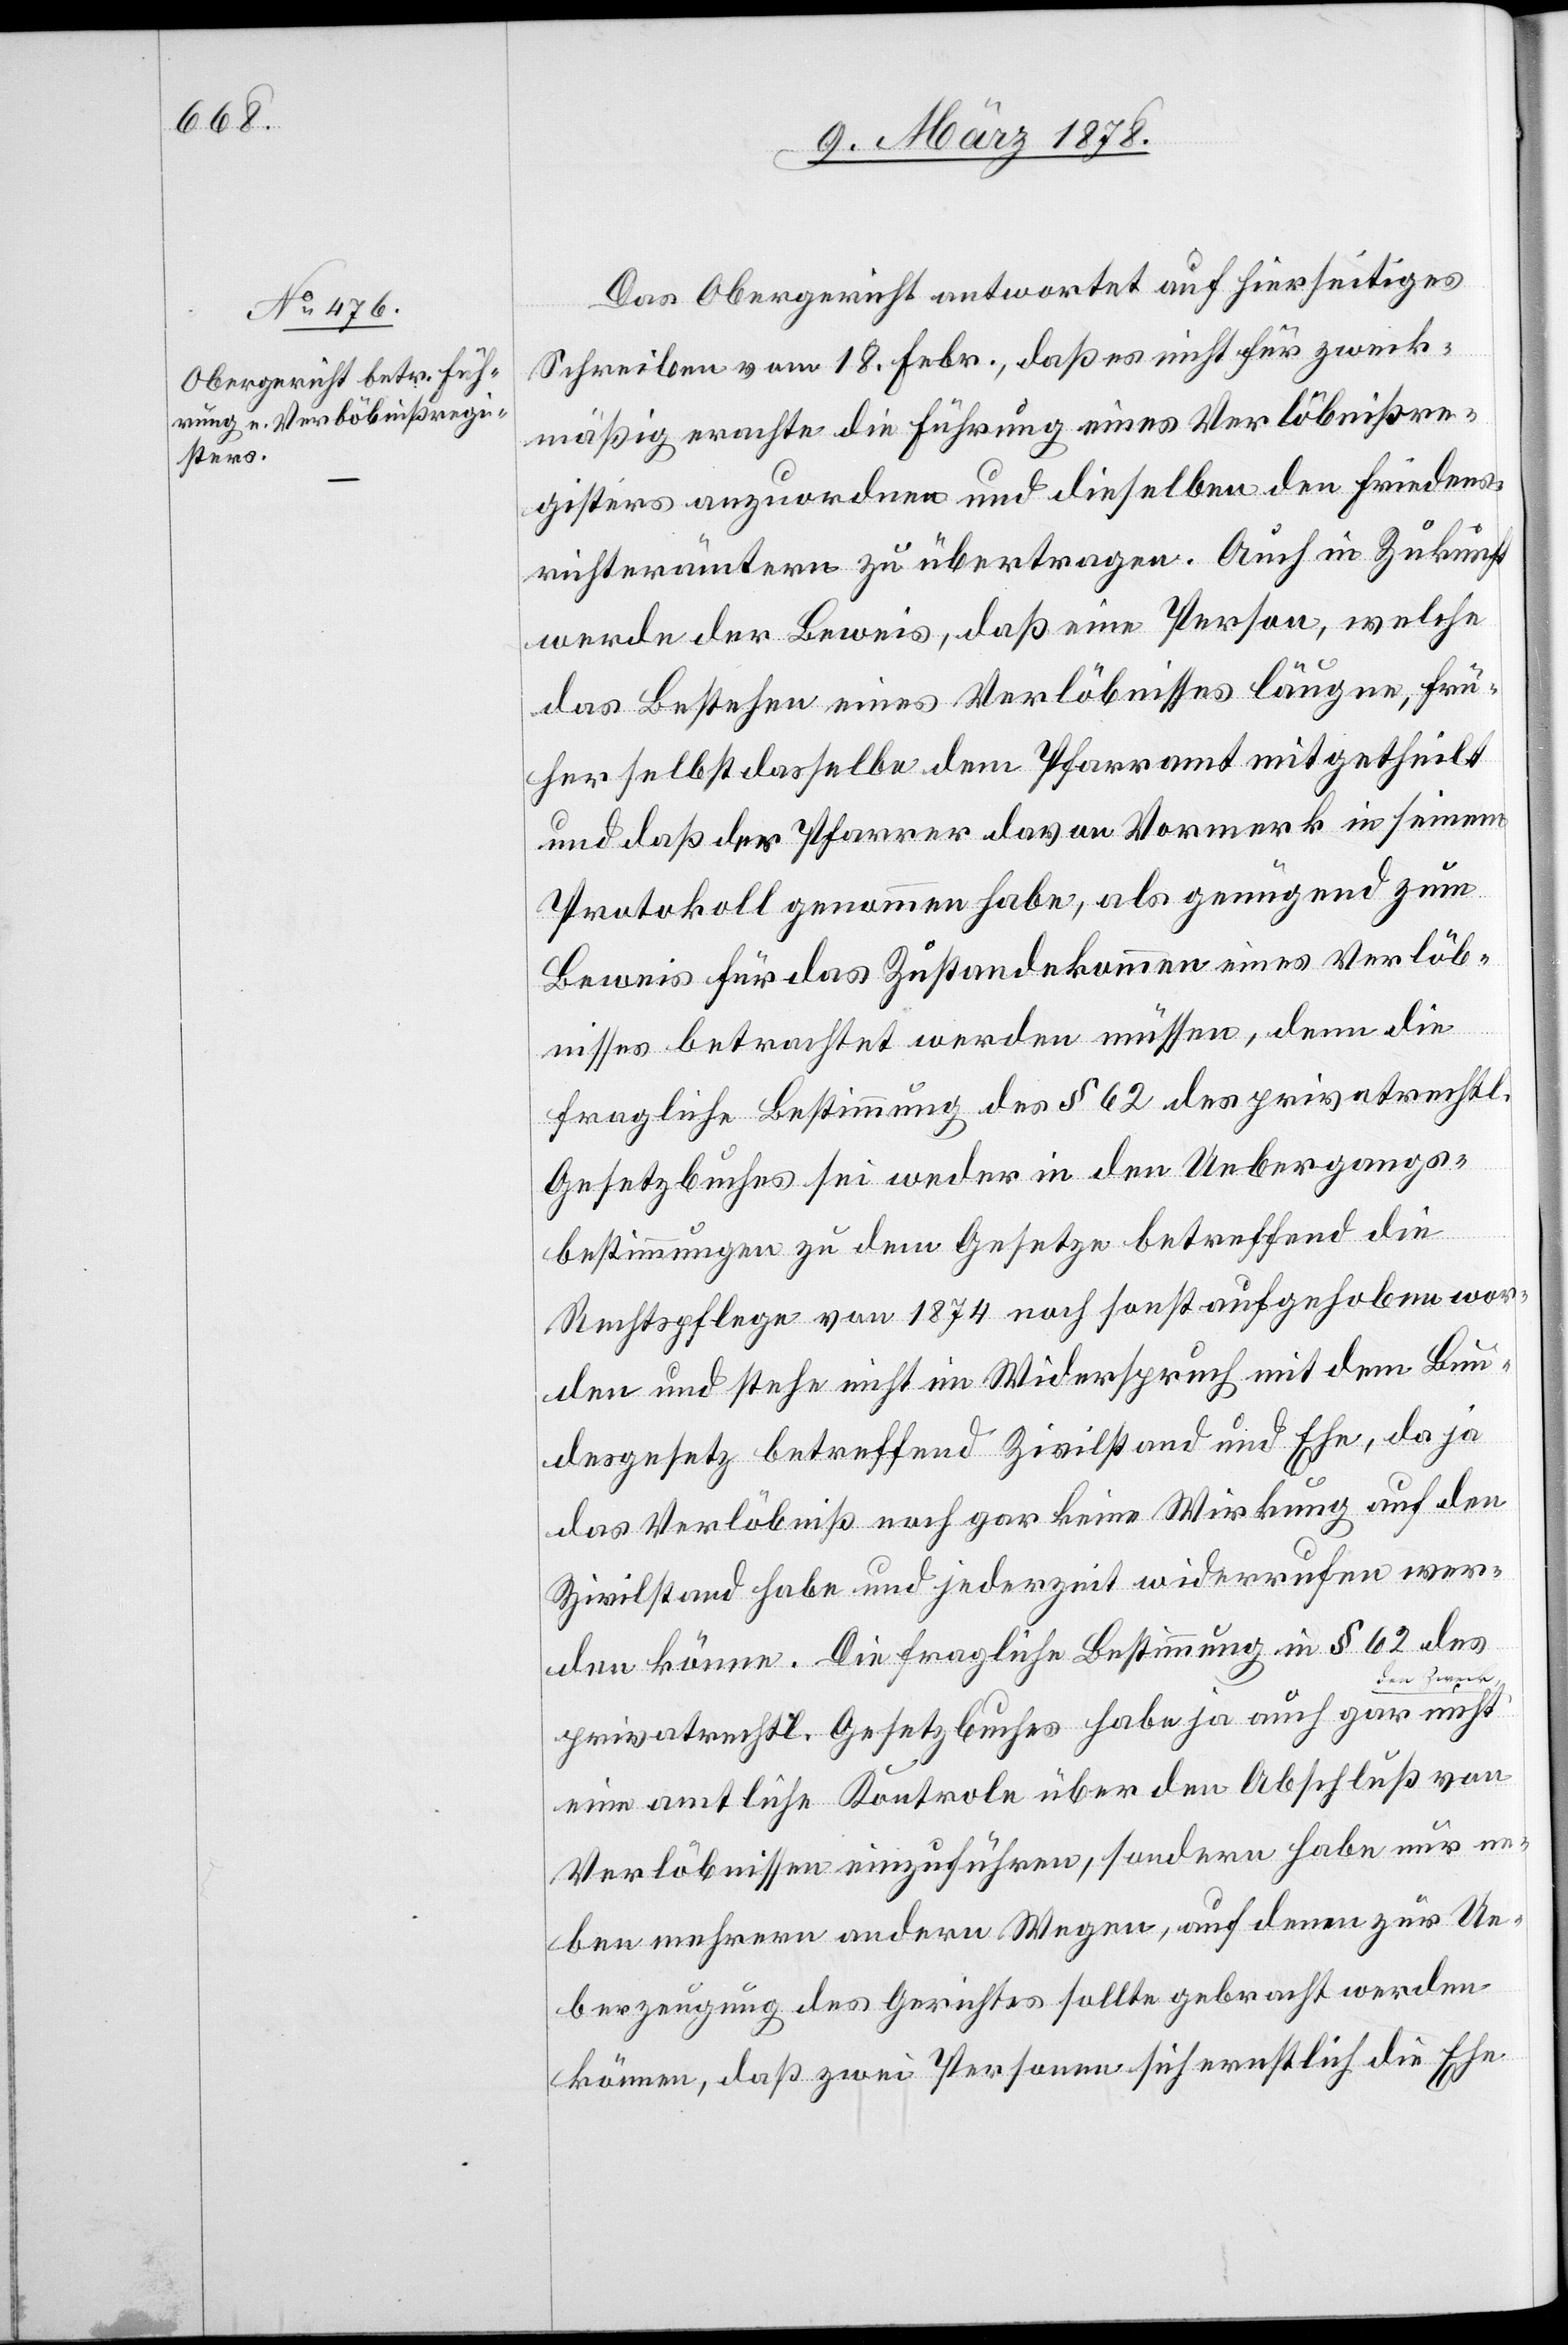
Das Obergericht antwortet auf hierseitiges
Schreiben vom 18. Febr., das es nicht für zweck¬
mäßig erachte die Führung eines Verlöbnißre¬
gisters anzuordnen und dieselben den Friedens¬
richterämtern zu übertragen. Auch in Zukunft
werde der Beweis, daß eine Person, welche
das Bestehen eines Verlöbnisses läugne, frü¬
her selbst dasselbe dem Pfarramt mitgetheilt
und daß der Pfarrer davon Vormerk in seinem
Protokoll genommen habe, als genügend zum
Beweis für das Zustandekommen eines Verlöb¬
nisses betrachtet werden müssen, denn die
fragliche Bestimmung des § 62 des privatrechtl.
Gesetzbuches sei weder in den Uebergangs¬
bestimmungen zu dem Gesetze betreffend die
Rechtspflege von 1874 noch sonst aufgehoben wor¬
den und stehe nicht im Widerspruch mit dem Bun¬
desgesetz betreffend Zivilstand und Ehe, da ja
das Verlöbniß noch gar keine Wirkung auf den
Zivilstand habe und jederzeit widerrufen wer¬
den könne. Die fragliche Bestimmung in § 62 des
den Zweck,
privatrechtl. Gesetzbuches habe ja auch gar nicht
eine amtliche Kontrole über den Abschluß von
Verlöbnissen einzuführen, sondern habe nur ne¬
ben mehreren andern Wegen, auf denen zur Ue¬
berzeugung des Gerichtes sollte gebracht werden
können, daß zwei Personen sich ernstlich die Ehe